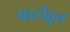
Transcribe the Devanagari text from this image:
पार्टीतून